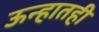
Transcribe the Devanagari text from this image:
ऊन्हातही